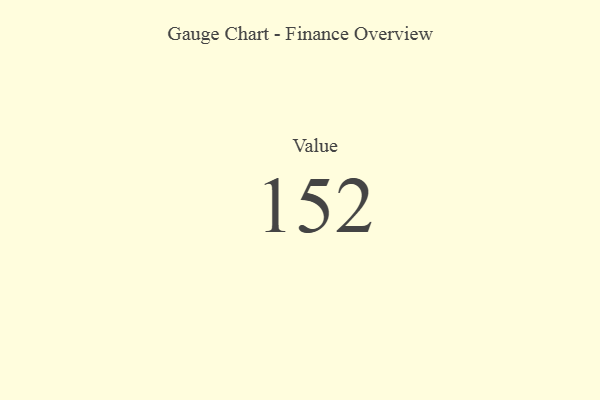
{"axis": {"x": "Metric", "y": "Value"}, "legend": [""], "data": [{"x": "Value", "y": 152, "type": ""}]}